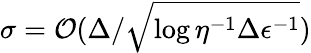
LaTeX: \sigma=\mathcal{O}(\Delta/\sqrt{\log{\eta^{-1}\Delta\epsilon^{-1}}})